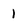
Character: 1